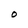
Character: o